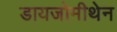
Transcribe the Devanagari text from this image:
डायजोमीथेन